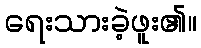
ရေးသားခဲ့ဖူး၏။